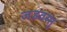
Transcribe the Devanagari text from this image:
जडवस्तु